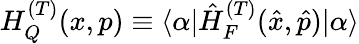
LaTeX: H_{Q}^{(T)}(x,p)\equiv\langle\alpha|\hat{H}_{F}^{(T)}(\hat{x},\hat{p})|\alpha\rangle